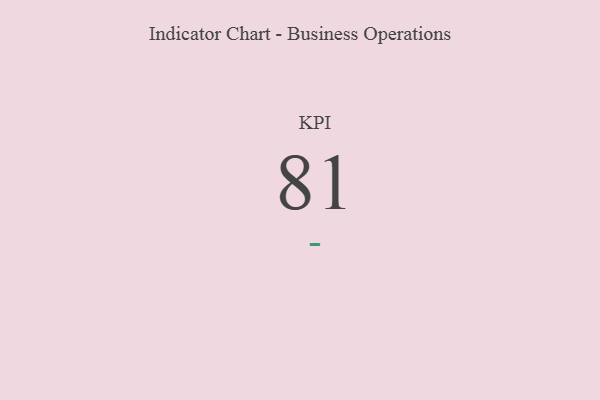
{"axis": {"x": "KPI", "y": "Value"}, "legend": [""], "data": [{"x": "KPI", "y": 81, "type": ""}]}